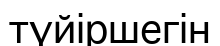
түйіршегін